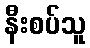
နီးစပ်သူ